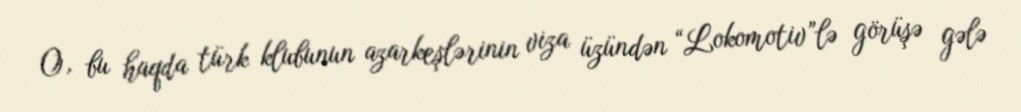
O, bu haqda türk klubunun azarkeşlərinin viza üzündən “Lokomotiv”lə görüşə gələ